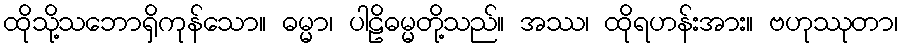
ထိုသို့သဘောရှိကုန်သော။ ဓမ္မာ၊ ပါဠိဓမ္မတို့သည်။ အဿ၊ ထိုရဟန်းအား။ ဗဟုဿုတာ၊